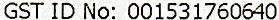
GST ID NO: 001531760640